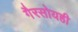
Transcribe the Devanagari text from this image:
गैरसोयही